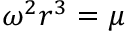
\omega ^ { 2 } r ^ { 3 } = \mu